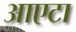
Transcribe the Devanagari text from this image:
आएटा